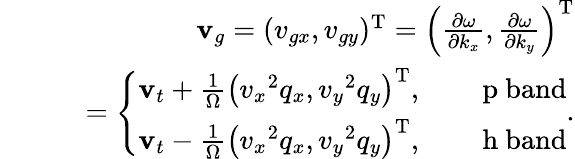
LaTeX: \begin{array}{rlr}&{}&{{\mathbf v}_{g}=(v_{gx},v_{gy})^{\mathrm{T}}=\left(\frac{\partial\omega}{\partial k_{x}},\frac{\partial\omega}{\partial k_{y}}\right)^{\mathrm{T}}}\\ &{}&{~~~=\left\{ \begin{array}{ll}{{\mathbf v}_{t}+\frac{1}{\Omega}\left({v_{x}}^{2}q_{x},{v_{y}}^{2}q_{y}\right)^{\mathrm{T}},}&{\quad\mathrm{{\mathit~p}~band}}\\ {{\mathbf v}_{t}-\frac{1}{\Omega}\left({v_{x}}^{2}q_{x},{v_{y}}^{2}q_{y}\right)^{\mathrm{T}},}&{\quad\mathrm{{\mathit~h}~band}}\end{array}\right..}\end{array}